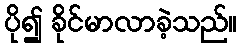
ပို၍ ခိုင်မာလာခဲ့သည်။